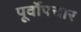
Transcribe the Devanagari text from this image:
पूर्वोपचार